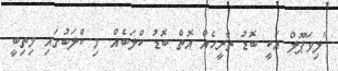
"ލިވަޕޫލް އަކީ ބޮޑު ތާރީހެއް އޮތް ބޮޑު ކްލަބެއް. މި ކްލަބުގައި މިތިބީ